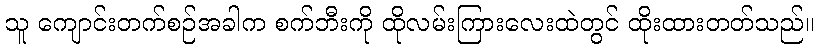
သူ ကျောင်းတက်စဉ်အခါက စက်ဘီးကို ထိုလမ်းကြားလေးထဲတွင် ထိုးထားတတ်သည်။